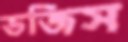
ভজিস